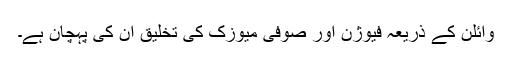
وائلن کے ذریعہ فیوژن اور صوفی میوزک کی تخلیق ان کی پہچان ہے۔